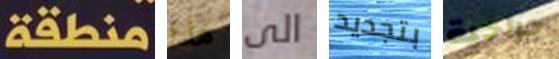
منطقة هذا الى بتجديد جراحية